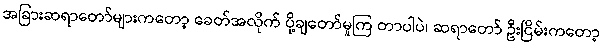
အခြားဆရာတော်များကတော့ ခေတ်အလိုက် ပို့ချတော်မူကြ တာပါပဲ၊ ဆရာတော် ဦးငြိမ်းကတော့